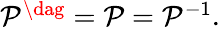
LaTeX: \begin{array}{r}{\mathcal{P}^{\dag}=\mathcal{P}=\mathcal{P}^{-1}.}\end{array}